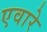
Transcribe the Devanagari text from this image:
एवारे